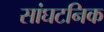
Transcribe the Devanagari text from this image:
सांघटनिक